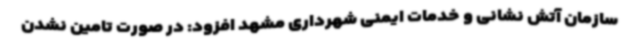
سازمان آتش نشانی و خدمات ایمنی شهرداری مشهد افزود: در صورت تامین نشدن